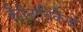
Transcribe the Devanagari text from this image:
कैरिनाचिकैनो